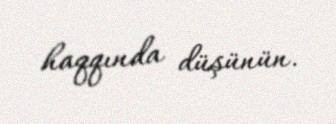
haqqında düşünün.